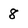
Character: 8